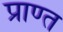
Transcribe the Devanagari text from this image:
प्राण्त